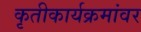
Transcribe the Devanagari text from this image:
कृतीकार्यक्रमांवर